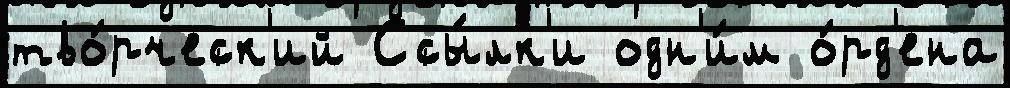
тво́рческ'ий Ссы́лк'и одн'и́м о́рд'ена